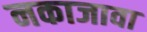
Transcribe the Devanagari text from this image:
नकाजावा